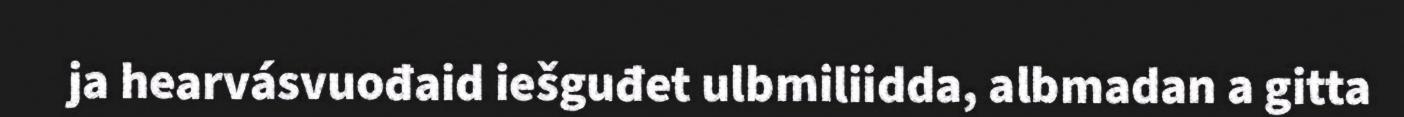
ja hearvásvuođaid iešguđet ulbmiliidda, albmadan a gitta